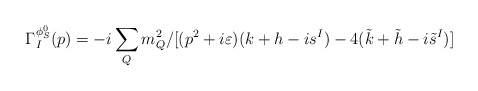
\begin{align*}\Gamma_I^{\phi_S^0}(p)=-i\sum_{Q}m_Q^2/[(p^2+i\varepsilon)(k+h-is^I)-4(\tilde{k}+\tilde{h}-i\tilde{s}^I)]\end{align*}